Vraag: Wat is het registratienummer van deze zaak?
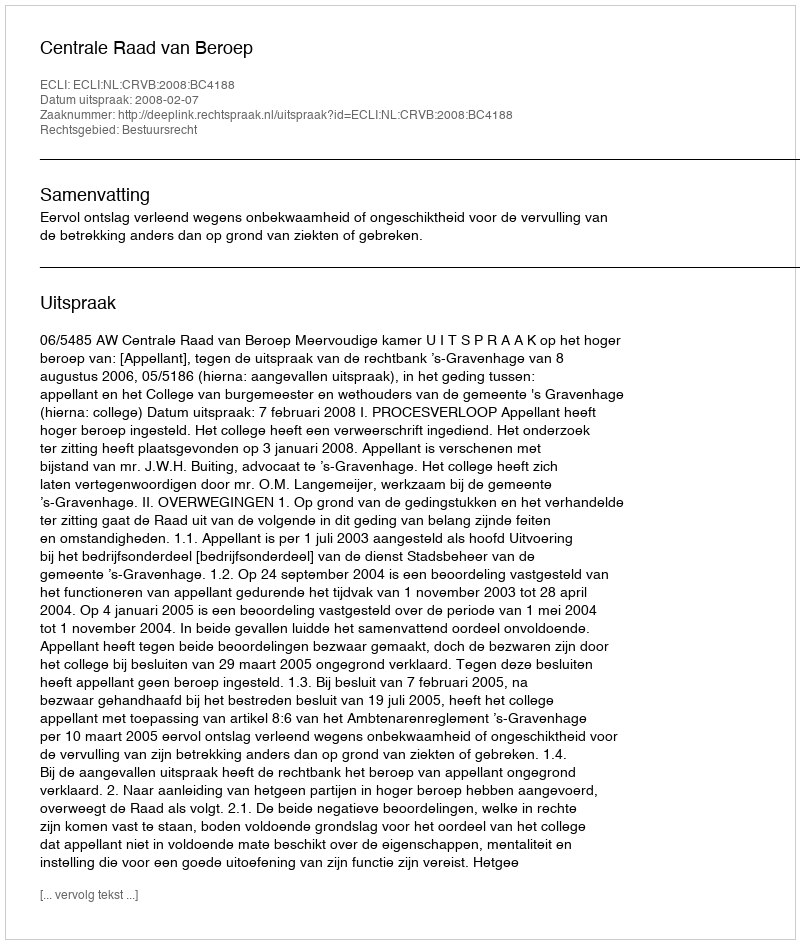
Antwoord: http://deeplink.rechtspraak.nl/uitspraak?id=ECLI:NL:CRVB:2008:BC4188